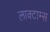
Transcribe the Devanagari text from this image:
लाक्टाम्स